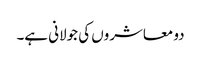
دو معاشروں کی جولانی ہے۔